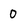
Character: 0